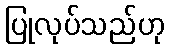
ပြုလုပ်သည်ဟု